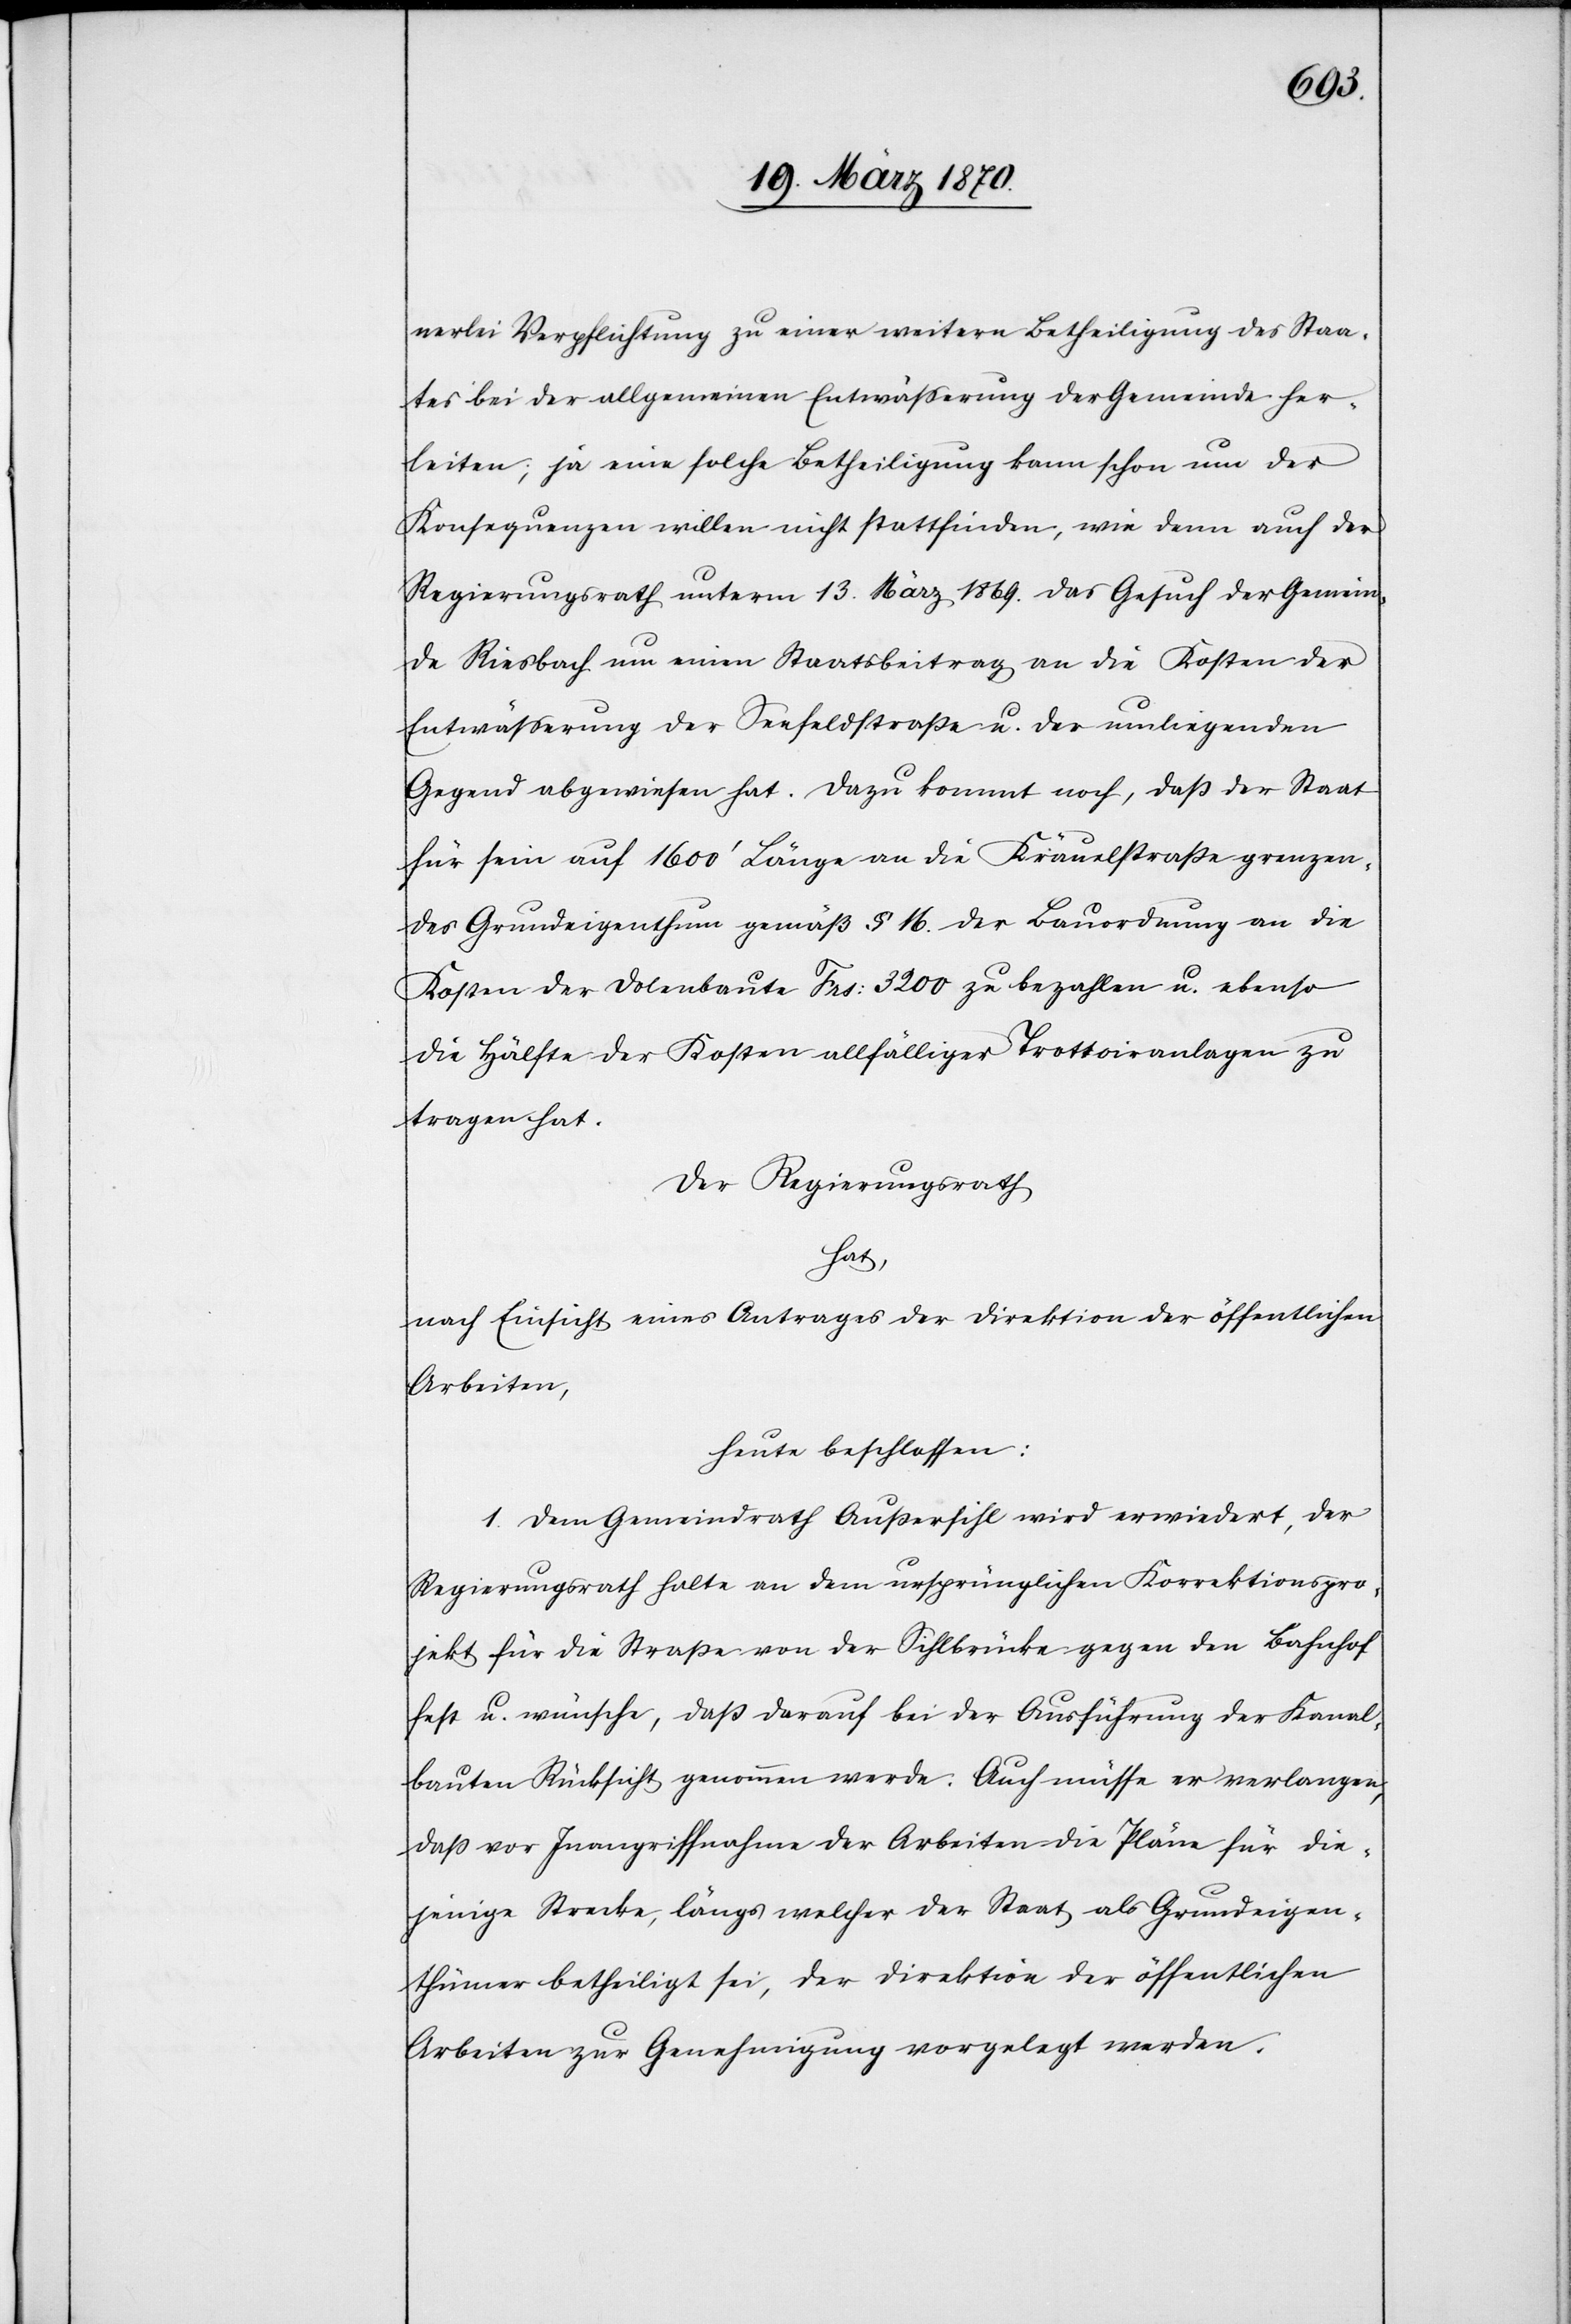
nerlei Verpflichtung zu einer weitern Betheiligung des Staa¬
tes bei der allgemeinen Entwässerung der Gemeinde her¬
leiten; ja eine solche Betheiligung kann schon um der
Konsequenzen willen nicht stattfinden, wie denn auch der
Regierungsrath unterm 13. März 1869. das Gesuch der Gemein¬
de Riesbach um einen Staatsbeitrag an die Kosten der
Entwässerung der Seefeldstraße u. der umliegenden
Gegend abgewiesen hat. Dazu kommt noch, daß der Staat
für sein auf 1600‘ Länge an die Kräuelstraße grenzen¬
des Grundeigenthum gemäß § 16. der Bauordnung an die
Kosten der Dolenbaute Frs: 3200 zu bezahlen u. ebenso
die Hälfte der Kosten allfälliger Trottoiranlagen zu
tragen hat.
Der Regierungsrath
hat,
nach Einsicht eines Antrages der Direktion der öffentlichen
Arbeiten,
heute beschlossen:
1. Dem Gemeindrath Außersihl wird erwiedert, der
Regierungsrath halte an dem ursprünglichen Korrektionspro¬
jekt für die Straße von der Sihlbrücke gegen den Bahnhof
fest u. wünsche, daß darauf bei der Ausführung der Kanal¬
bauten Rücksicht genommen werde. Auch müsse er verlangen,
daß vor Inangriffnahme der Arbeiten die Pläne für die¬
jenige Strecke, längs welcher der Staat als Grundeigen¬
thümer betheiligt sei, der Direktion der öffentlichen
Arbeiten zur Genehmigung vorgelegt werden.